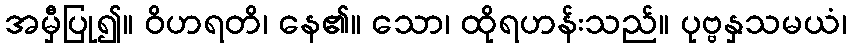
အမှီပြု၍။ ဝိဟရတိ၊ နေ၏။ သော၊ ထိုရဟန်းသည်။ ပုဗ္ဗနှသမယံ၊